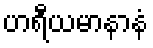
ဟရီယမာနာနံ